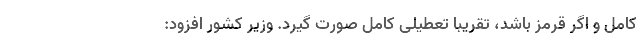
کامل و اگر قرمز باشد، تقریبا تعطیلی کامل صورت گیرد. وزیر کشور افزود: